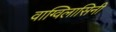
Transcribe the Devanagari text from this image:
वाग्विलासिनी